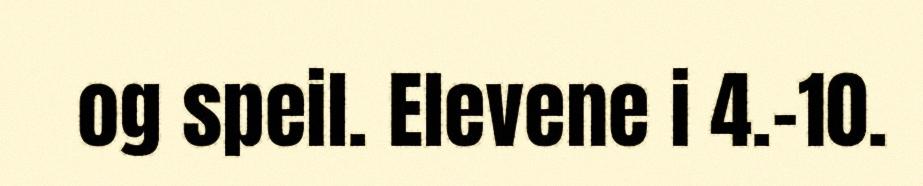
og speil. Elevene i 4.-10.